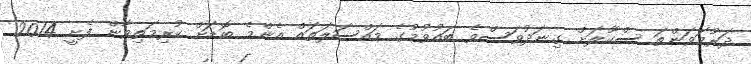
ދަރުމަވަންތަ ސްކޫލަށް ގިނަދުވަސްވެ ބައުވުމުގެ މައްސަލަތައް އެންމެ ބޮޑަށް ކުރިމަތިވާން ފެށީ 2014